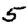
Digit: 5